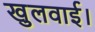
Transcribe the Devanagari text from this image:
खुलवाई।